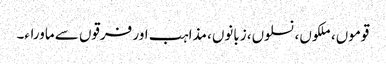
قوموں، ملکوں، نسلوں، زبانوں، مذاہب اور فرقوں سے ماوراء۔